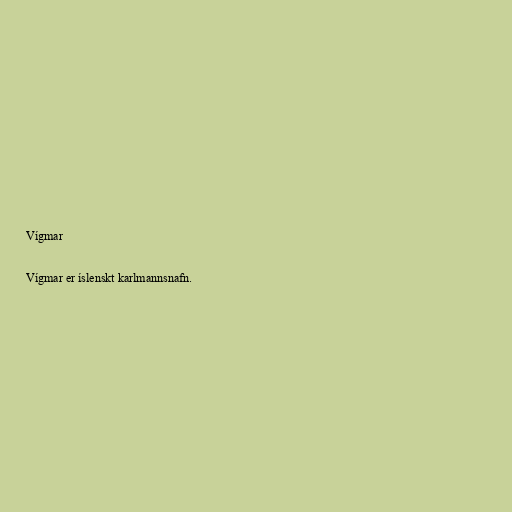
Vígmar

Vígmar er íslenskt karlmannsnafn.